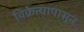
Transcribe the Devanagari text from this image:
विक्रेत्यापासून